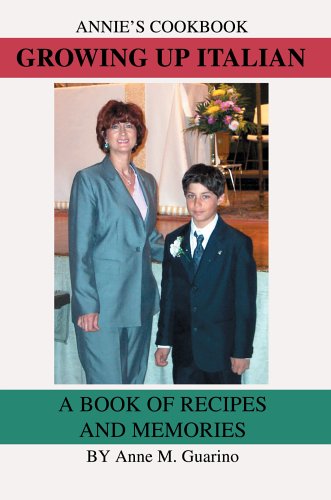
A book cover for Growing Up Italian: A Book of Recipes and Memories; Anne Guarino; Cookbooks, Food & Wine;